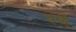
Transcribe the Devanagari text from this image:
रुक्ष्